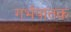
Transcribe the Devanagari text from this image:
गर्भपातक